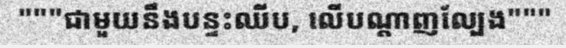
"""ជាមួយនឹងបន្ទះឈីប, លើបណ្តាញល្បែង"""